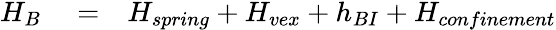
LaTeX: \begin{array}{rlr}{H_{B}}&{{}=}&{H_{spring}+H_{vex}+h_{BI}+H_{confinement}}\end{array}